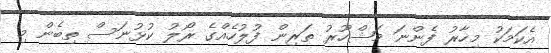
އެކަމަކު މިހާރު ފެންނަ މަޝްހޫރު ތަރިން ފުލުހެއްގެ ރޯލު ކުޅުނަސް ތިބެން މި